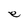
Character: e